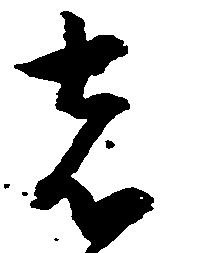
者